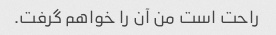
راحت است من آن را خواهم گرفت.